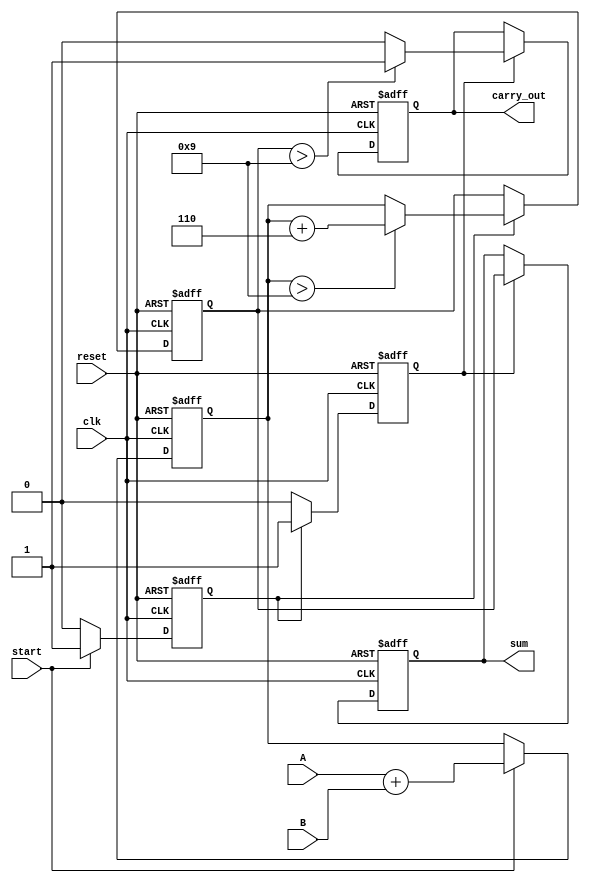
module BCD_Pipelined_Adder (
    input wire clk,
    input wire reset,
    input wire [3:0] A, // BCD digit A
    input wire [3:0] B, // BCD digit B
    input wire start,    // Control signal to start addition
    output reg [3:0] sum, // BCD result
    output reg carry_out  // Carry output
);

    // Internal signals
    reg [3:0] stage1_sum; // Sum from stage 1
    reg [3:0] stage2_sum; // Sum after BCD correction
    reg stage1_valid;      // Valid signal for stage 1
    reg stage2_valid;      // Valid signal for stage 2

    // Stage 1: Input capture and initial addition
    always @(posedge clk or posedge reset) begin
        if (reset) begin
            stage1_sum <= 4'b0000;
            stage1_valid <= 1'b0;
        end else if (start) begin
            stage1_sum <= A + B; // Perform binary addition
            stage1_valid <= 1'b1; // Mark stage 1 as valid
        end else begin
            stage1_valid <= 1'b0; // Clear valid signal if not starting
        end
    end

    // Stage 2: BCD correction logic
    always @(posedge clk or posedge reset) begin
        if (reset) begin
            stage2_sum <= 4'b0000;
            stage2_valid <= 1'b0;
        end else if (stage1_valid) begin
            if (stage1_sum > 4'b1001) begin
                stage2_sum <= stage1_sum + 4'b0110; // Add 6 for BCD correction
            end else begin
                stage2_sum <= stage1_sum; // No correction needed
            end
            stage2_valid <= 1'b1; // Mark stage 2 as valid
        end else begin
            stage2_valid <= 1'b0; // Clear valid signal if not valid
        end
    end

    // Stage 3: Output generation
    always @(posedge clk or posedge reset) begin
        if (reset) begin
            sum <= 4'b0000;
            carry_out <= 1'b0;
        end else if (stage2_valid) begin
            sum <= stage2_sum; // Output the corrected sum
            carry_out <= (stage2_sum > 4'b1001) ? 1'b1 : 1'b0; // Set carry if overflow
        end
    end

endmodule